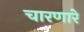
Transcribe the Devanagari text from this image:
चारणारे